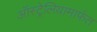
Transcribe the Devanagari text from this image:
ऑस्ट्रेलियामार्फत